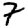
Digit: 7